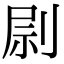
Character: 𠝑